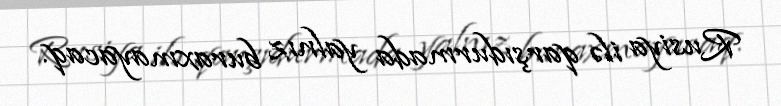
Rusiya ilə qarşıdurmada yalnız buraxmayacaq.